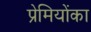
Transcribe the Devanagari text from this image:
प्रेमियोंका